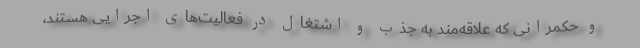
و حکمرانی که علاقه‌مند به جذب و اشتغال در فعالیت‌های اجرایی هستند،